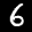
Label: 6